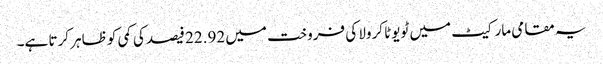
یہ مقامی مارکیٹ میں ٹویوٹا کرولا کی فروخت میں 22.92 فیصد کی کمی کو ظاہر کرتا ہے۔